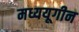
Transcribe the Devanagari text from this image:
मध्ययूगीन